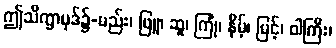
ဤသိက္ခာပုဒ်၌-မည်း၊ ဖြူ၊ ဆူ၊ ကြုံ၊ နိမ့်၊ မြင့်၊ ဝါကြီး၊